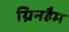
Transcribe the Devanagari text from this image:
ग्रिनहैम